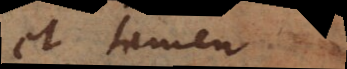
et tamen